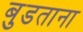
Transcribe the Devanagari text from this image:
बुडताना